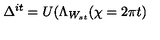
\Delta ^ { i t } = U ( \Lambda _ { W _ { s t } } ( \chi = 2 \pi t )